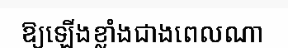
ឱ្យឡើងខ្លាំងជាងពេលណា